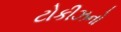
ટોકીઝનો